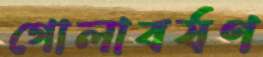
গোলাবর্ষণ